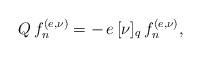
LaTeX: \begin{align*} Q\,f_{n}^{(e,\nu)}=-\,e\,[\nu]_{q}\,f_{n}^{(e,\nu)},\end{align*}